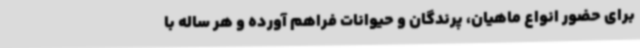
برای حضور انواع ماهیان، پرندگان و حیوانات فراهم آورده و هر ساله با